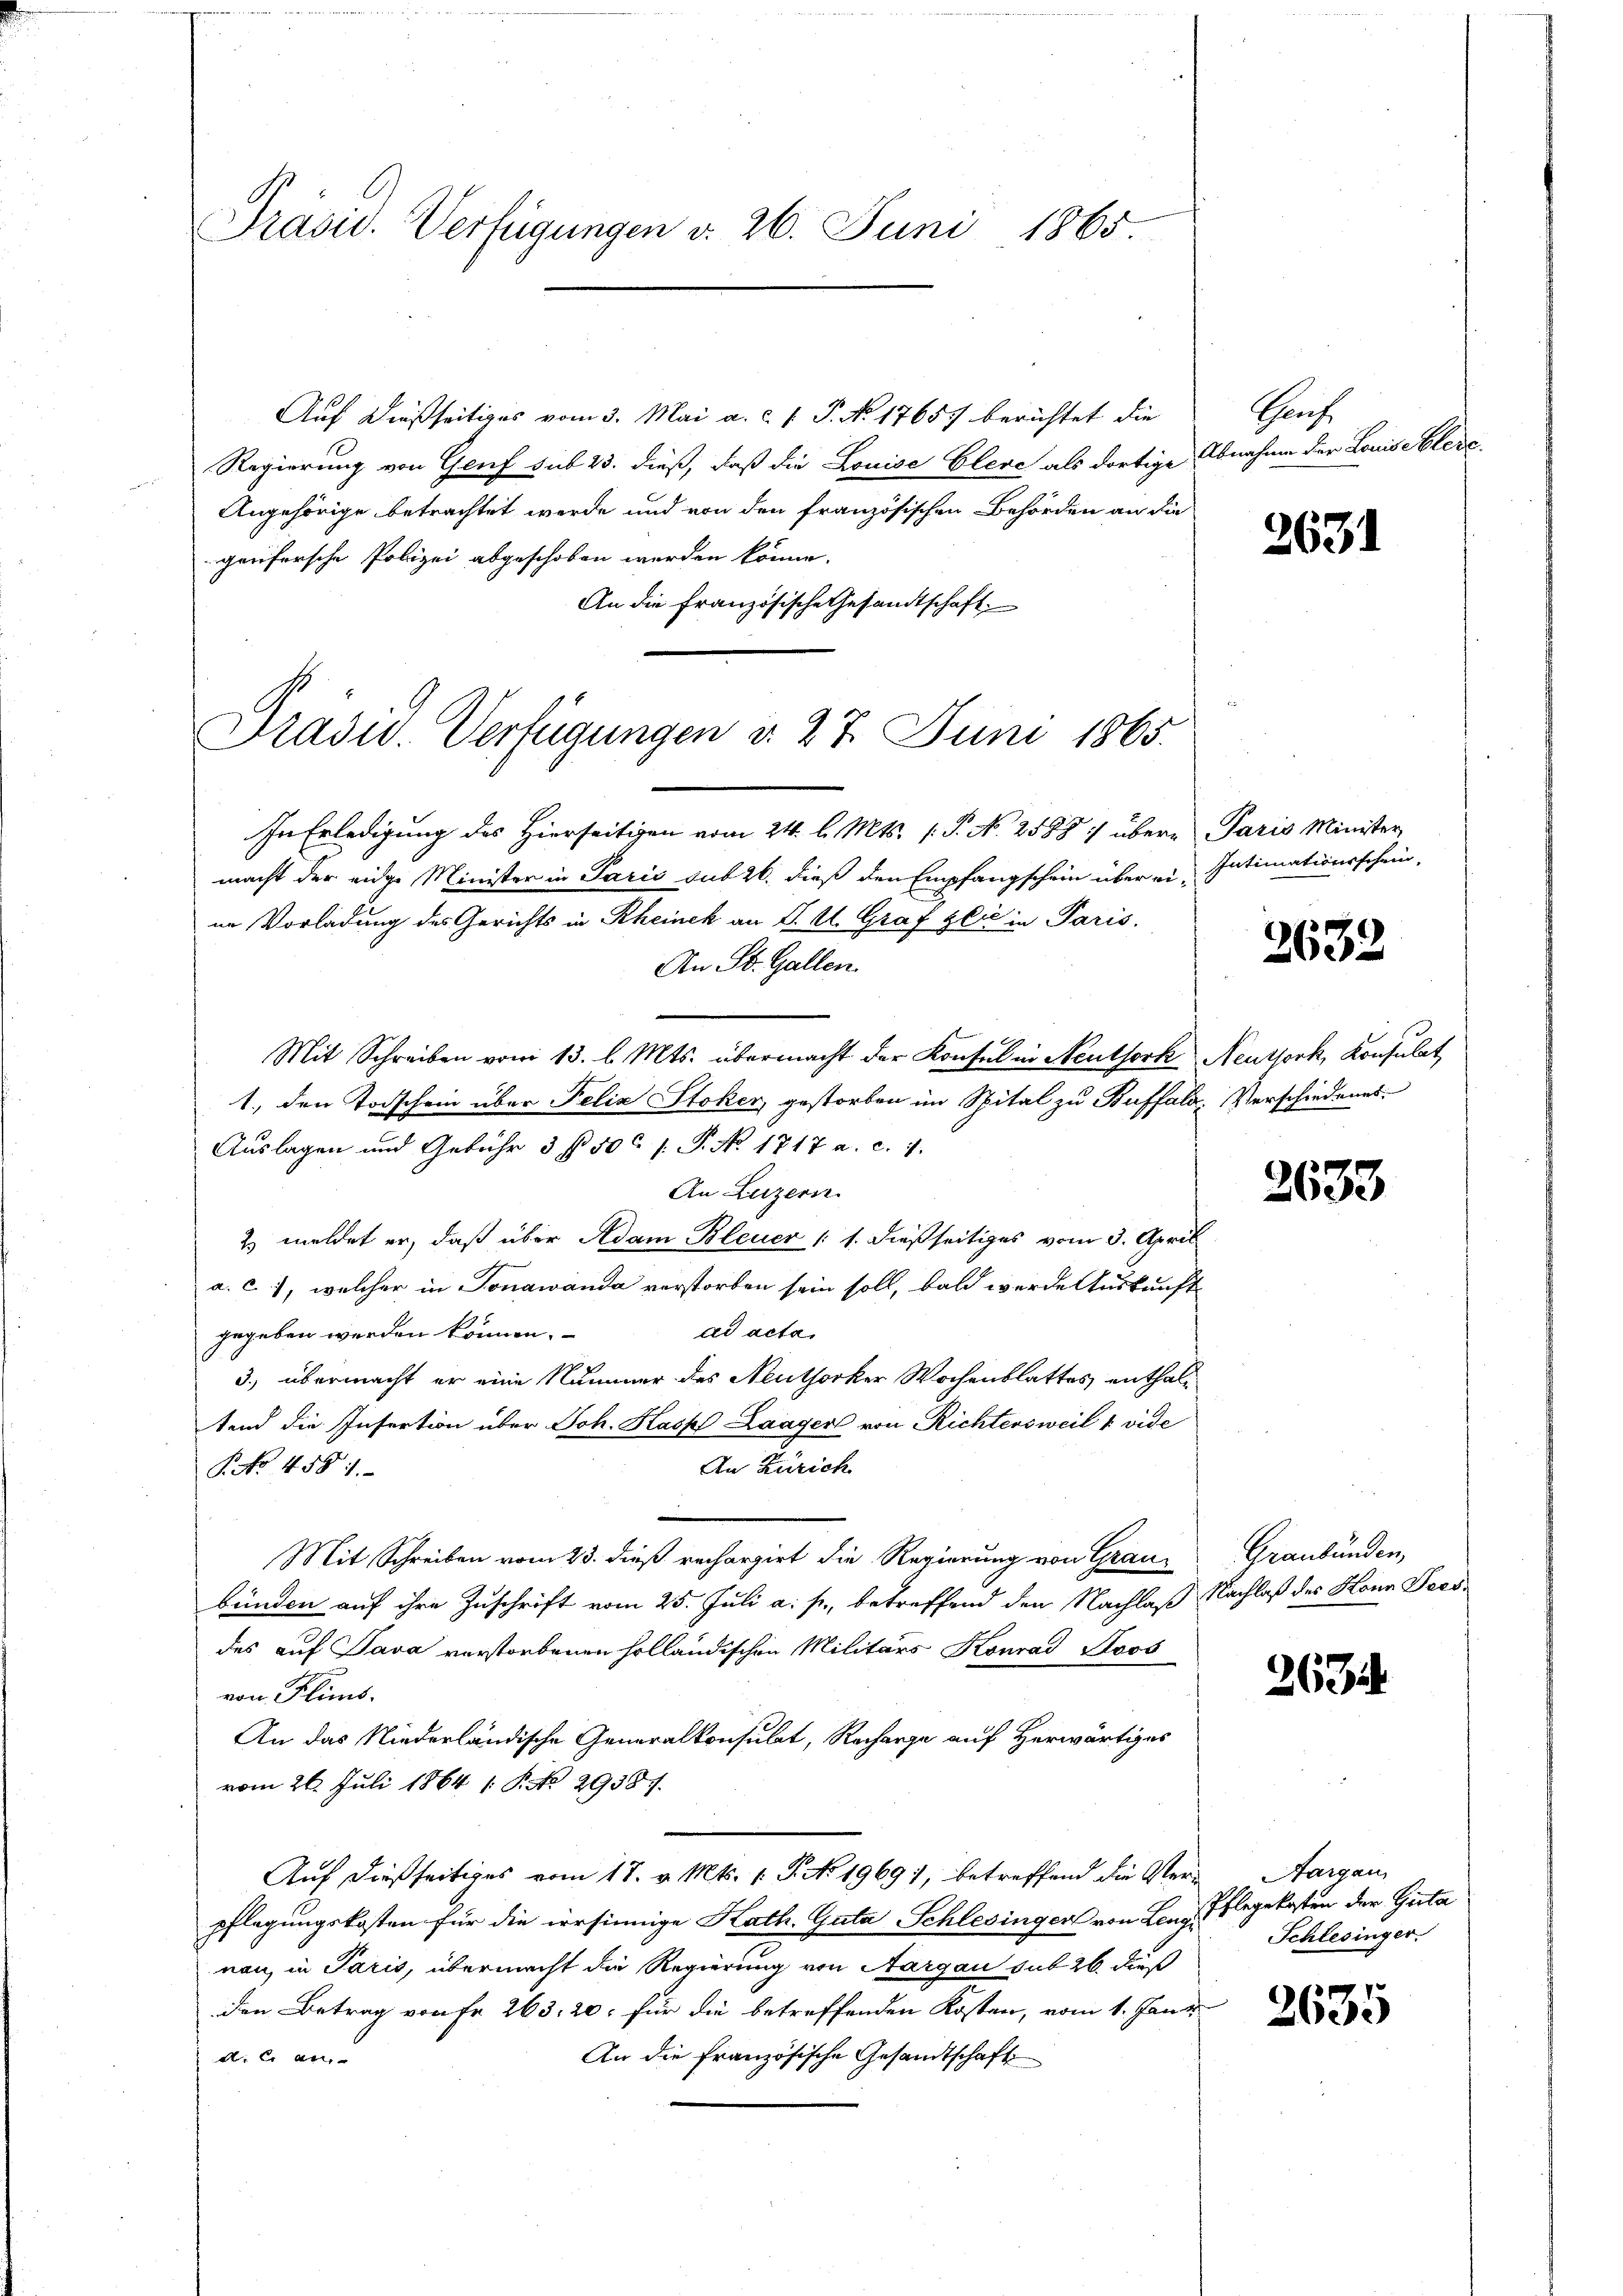
Präsid. Verfügungen d. 26. Juni 1865.

Auf dießseitiges vom 3. Mai a. c. s. S. No 17657 berichtet die
Regierung von Genf sub 23. dieß, daß die Louise Cleve als dortige Abnahme der Louise bleic
Angehörige betrachtet werde und von den französischen Behörden an die
genfersche Polizei abgeschoben werden könne.
An die französische Gesandtschaft.
Präsid. Verfügungen d. 27. Juni 1865.

In Erledigung des Hierseitigen vom 24. l. Mts. (T. N. 2588 :/ übere Paris Minister
macht der eidge Minister in Paris sub 26. dieß den Empfangschein über ein Intimationsschein-
ne Vorladung des Gerichts in Rheinek an J. A. Graf glić in Paris.
An St. Gallen.
Mit Schreiben vom 13. l. Mts. übermacht der Konsul in Neuthork Neuthork, Konsulat
1., den Todschein über Felix Stoker, gestorben im Spital zu Buffald. Verschiedenes.
Auslagen und Gebühr 3 f. 50c 1. P. Nr. 1717 a. c. 1.
An Luzern.
2. meldet er, daß über Adam Bleuer /: 1. dießseitiges vom 3. April
a. c. 7, welcher in Tonawanda verstorben sein soll, bald werde Auskunft
ad acta.
gegeben werden können.
3.) übermacht er eine Nummer des Neuthorker Wochenblattes enthaltend die Insertion über Joh. Kaspf Laager von Richtersweil u. vide
An Zürich
P No 458 1.
Mit Schreiben vom 23. dieß rechargirt die Regierung von Graubünden auf ihre Zuschrift vom 25. Juli a. p., betreffend den Nachlaß Nachlaß des Honn Poes
des auf Java verstorbenen holländischen Militärs Konrad Stoos
von Flims.
An das Niederländische Generalkonsulat, Recharge auf Herwärtiges
vom 26. Juli 1864 1 P. Nr. 29387.
Auf dießseitiges vom 17. v. Mts. 1. P. No 1969), betreffend die Verpflegungskosten für die irrsinnige Kath. Guta Schlesinger von Lenz Pflegekosten der Guta
nau, in Paris, übermacht die Regierung von Aargau sub 26. dieß
den Betrag von Fr. 263, 20. für die betreffenden Kosten, vom 1. Janr
An die französische Gesandtschaft
d. 2. an

Graf

2631

2632

2633

Graubünden,

263

Aargau,
Schlesinger.

2635